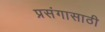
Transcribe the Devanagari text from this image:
प्रसंगासाठी